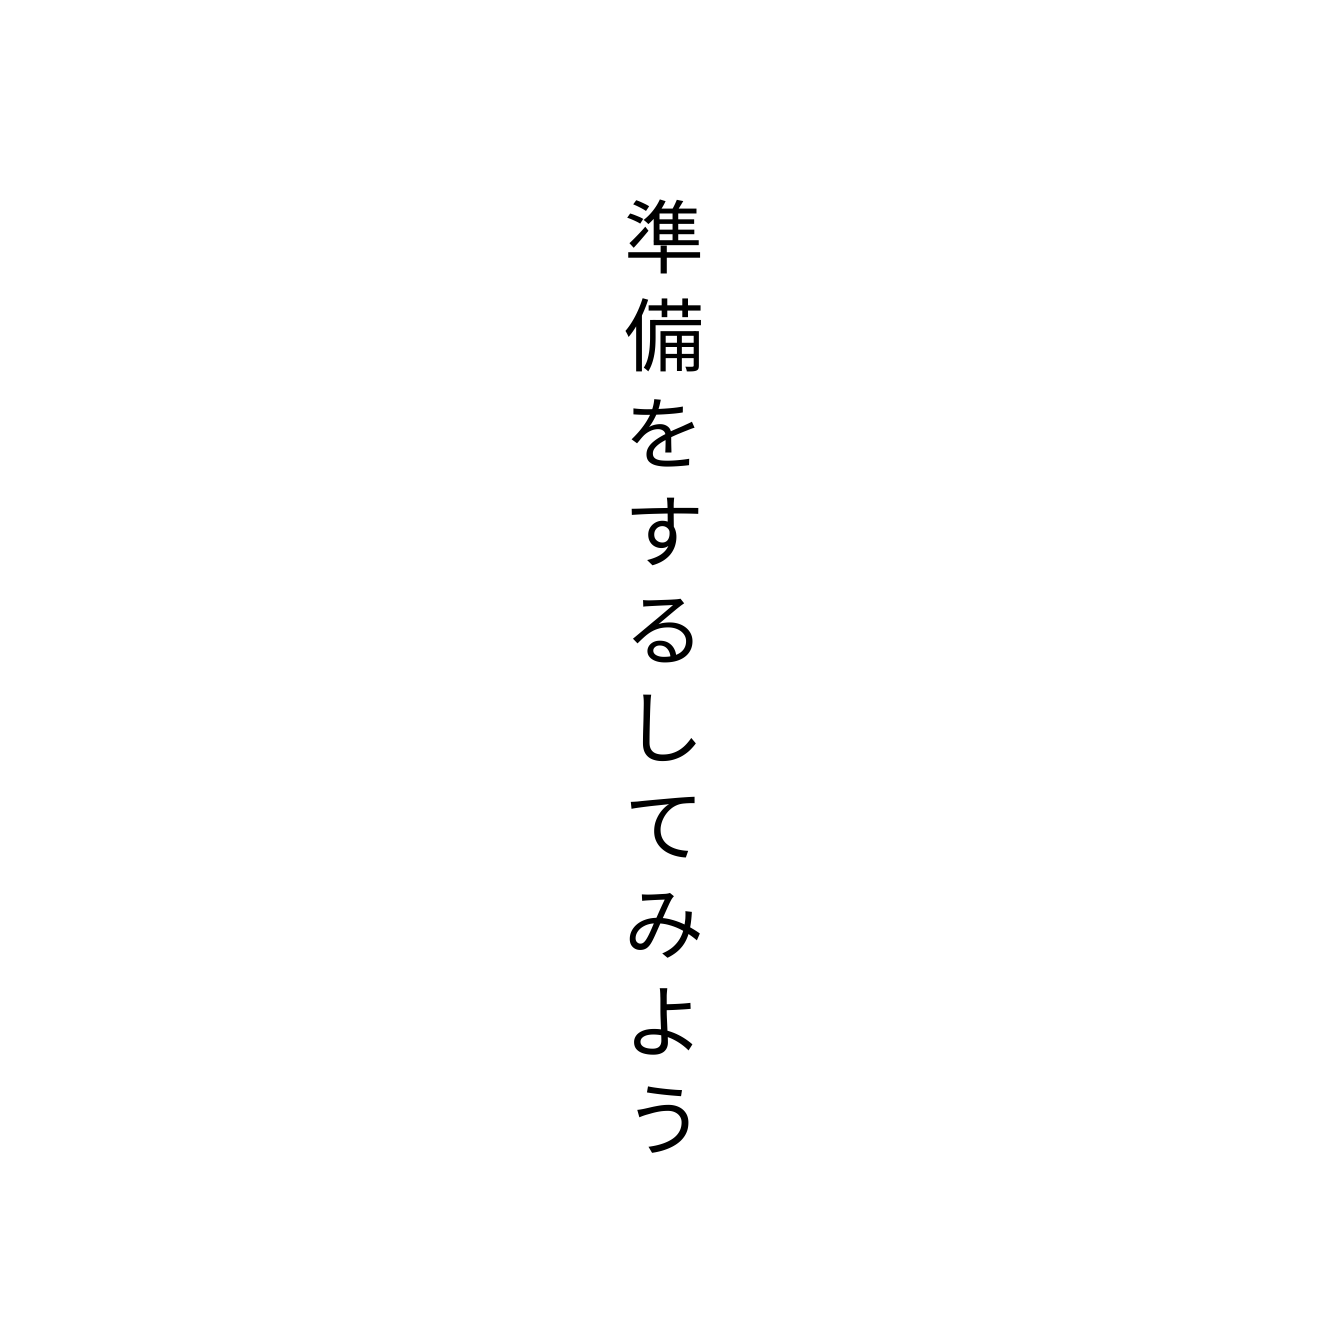
準備をするしてみよう